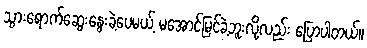
သွားရောက်ဆွေးနွေးခဲ့ပေမယ့် မအောင်မြင်ခဲ့ဘူးလို့လည်း ပြောပါတယ်။